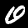
Digit: 0